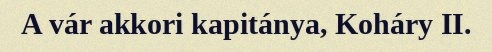
A vár akkori kapitánya, Koháry II.